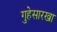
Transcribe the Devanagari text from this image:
गुहेसारखा